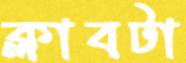
ক্লাবটা